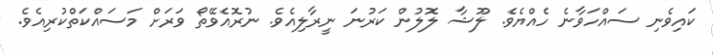
ކައިވެނި ސައްހަވާނެ ހެއްޔެވެ. ލޫޝާ ލޮލުން ކަރުނަ ނީރާލިއެވެ. ނުރޮއެވޭތޯ ވަރަށް މަސައްކަތްކުރިއެވެ.